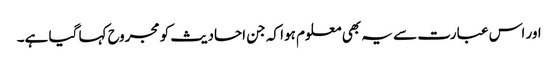
اور اس عبارت سے یہ بھی معلوم ہوا کہ جن احادیث کو مجروح کہا گیا ہے۔